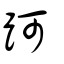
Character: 跒